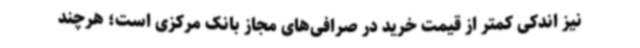
نیز اندکی کمتر از قیمت خرید در صرافی‌های مجاز بانک مرکزی است؛ هرچند